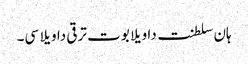
ہان سلطنت دا ویلا بوت ترقی دا ویلا سی۔